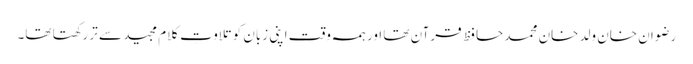
رضوان خان ولد خان محمد حافظ قرآن تھا اور ہمہ وقت اپنی زبان کو تلاوتِ کلام مجید سے تر رکھتا تھا۔